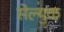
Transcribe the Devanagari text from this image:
सेल्युक